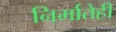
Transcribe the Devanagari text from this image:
निर्मातेही